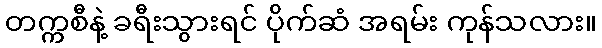
တက္ကစီနဲ့ ခရီးသွားရင် ပိုက်ဆံ အရမ်း ကုန်သလား။